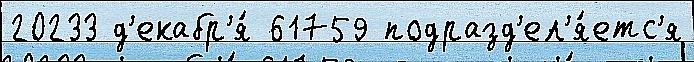
20233 д'екабр'я́ 61759 подразд'ел'я́етс'я